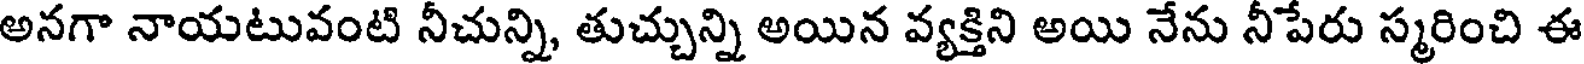
అనగా నాయటువంటి నీచున్ని, తుచ్చున్ని అయిన వ్యక్తిని అయి నేను నీపేరు స్మరించి ఈ